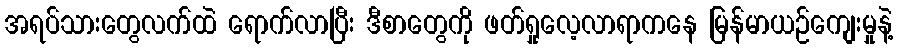
အရပ်သားတွေလက်ထဲ ရောက်လာပြီး ဒီစာတွေကို ဖတ်ရှုလေ့လာရာကနေ မြန်မာယဉ်ကျေးမှုနဲ့